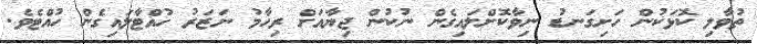
ތުވާލި ކޮޅަކުން ހަށިގަނޑު ނިވާކޮށްލައިގެން ނުކުން ޖިޔާއަށް ރިހާމު ނަޒަރު ހުއްޓާލައިގެން ހުއްޓެވެ.